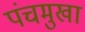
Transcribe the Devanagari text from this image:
पंचमुखा